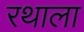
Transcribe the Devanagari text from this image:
रथाला